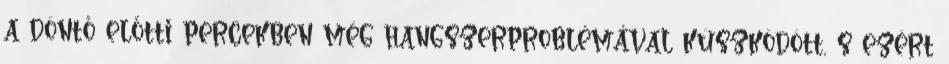
a döntő előtti percekben még hangszerproblémával küszködött, s ezért